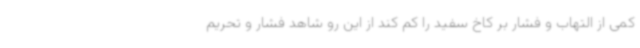
کمی از التهاب و فشار بر کاخ سفید را کم کند از این رو شاهد فشار و تحریم